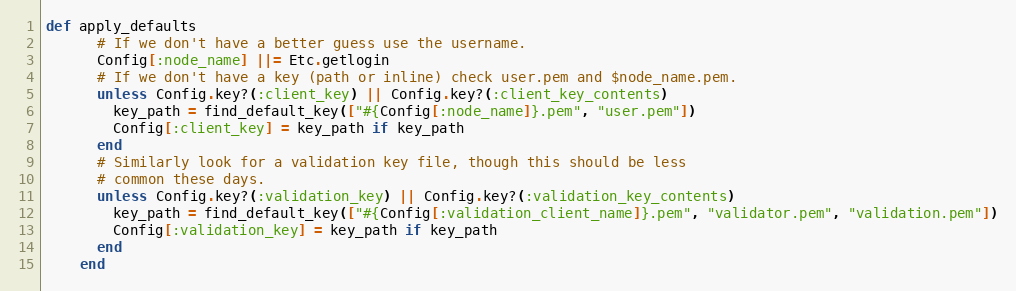
Language: Ruby
def apply_defaults
      # If we don't have a better guess use the username.
      Config[:node_name] ||= Etc.getlogin
      # If we don't have a key (path or inline) check user.pem and $node_name.pem.
      unless Config.key?(:client_key) || Config.key?(:client_key_contents)
        key_path = find_default_key(["#{Config[:node_name]}.pem", "user.pem"])
        Config[:client_key] = key_path if key_path
      end
      # Similarly look for a validation key file, though this should be less
      # common these days.
      unless Config.key?(:validation_key) || Config.key?(:validation_key_contents)
        key_path = find_default_key(["#{Config[:validation_client_name]}.pem", "validator.pem", "validation.pem"])
        Config[:validation_key] = key_path if key_path
      end
    end